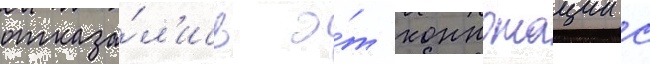
отказа́л'ись о́т коннотации с